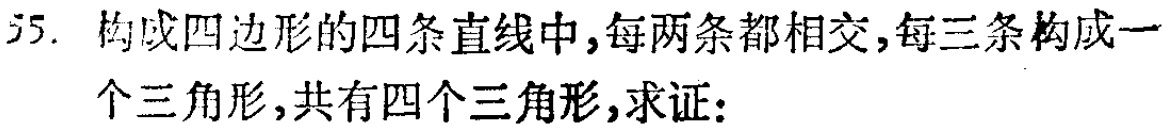
55. 构成四边形的四条直线中,每两条都相交,每三条构成一个三角形,共有四个三角形,求证: